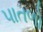
પાતળો